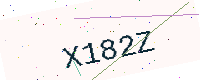
Text: X182Z